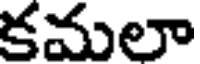
కమలా